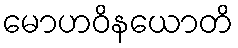
မောဟဝိနယောတိ